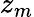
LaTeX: z_{m}